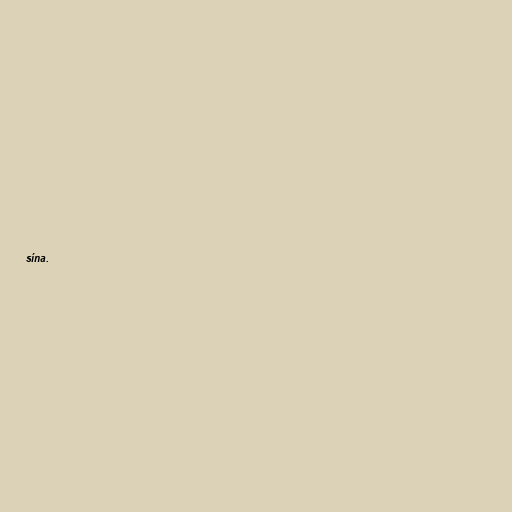
sína.